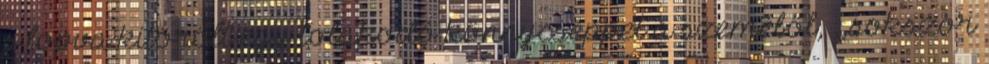
s lopva kitörölt egy tolakodó könnycseppet a szeméből, ,,sokszor